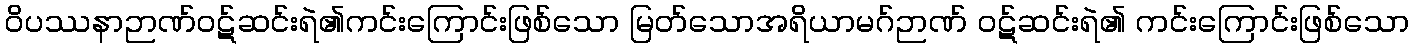
ဝိပဿနာဉာဏ်ဝဋ်ဆင်းရဲ၏ကင်းကြောင်းဖြစ်သော မြတ်သောအရိယာမဂ်ဉာဏ် ဝဋ်ဆင်းရဲ၏ ကင်းကြောင်းဖြစ်သော